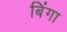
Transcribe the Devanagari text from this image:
बिंगा